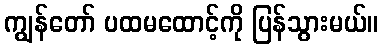
ကျွန်တော် ပထမထောင့်ကို ပြန်သွားမယ်။